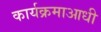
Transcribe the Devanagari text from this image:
कार्यक्रमाआधी